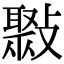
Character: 𣀒